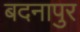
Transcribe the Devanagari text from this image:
बदनापुर